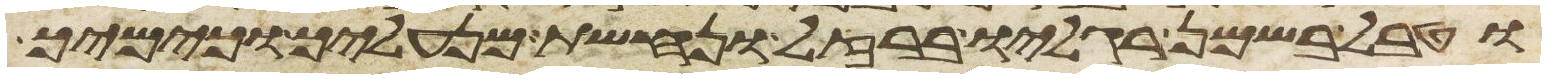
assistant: וטבל בשמן רגליו ברזל ונחשת מנעליך וכימיך